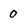
Character: 0